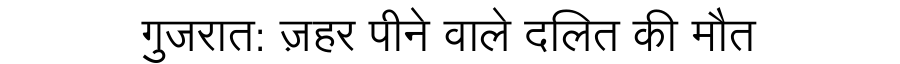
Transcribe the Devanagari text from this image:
गुजरात: ज़हर पीने वाले दलित की मौत